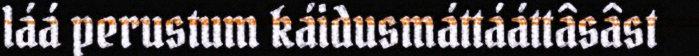
láá perustum káidusmáttááttâsâst